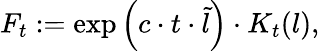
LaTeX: F_{t}:=\exp\left(c\cdot t\cdot\tilde{l}\right)\cdot K_{t}(l),